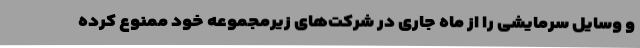
و وسایل سرمایشی را از ماه جاری در شرکت‌های زیرمجموعه خود ممنوع کرده